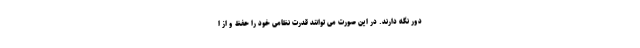
دور نگه دارند. در این صورت می توانند قدرت نظامی خود را حفظ و از ا